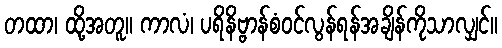
တထာ၊ ထို့အတူ။ ကာလံ၊ ပရိနိဗ္ဗာန်စံဝင်လွန်ရန်အချိန်ကိုသာလျှင်။